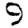
Digit: 9